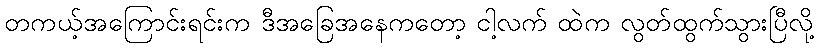
တကယ့်အကြောင်းရင်းက ဒီအခြေအနေကတော့ ငါ့လက် ထဲက လွတ်ထွက်သွားပြီလို့